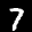
Label: 7